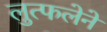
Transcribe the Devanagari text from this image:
लुत्फलेने